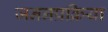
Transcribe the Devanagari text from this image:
जननप्रक्रिया